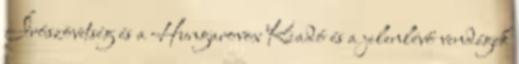
Írószövetség és a Hungarovox Kiadó és a jelenlévő vendégek